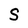
Character: S